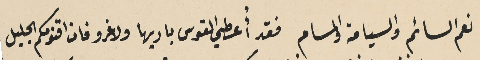
نعم السائم والسيامة والمسام فقد أُعطي القوس باريها ولا غرو فان اقنومكم الجليل